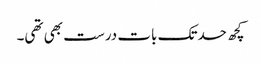
کچھ حدتک بات درست بھی تھی۔